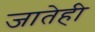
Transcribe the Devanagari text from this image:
जातेही